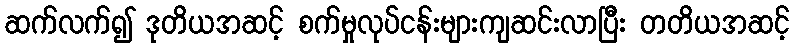
ဆက်လက်၍ ဒုတိယအဆင့် စက်မှုလုပ်ငန်းများကျဆင်းလာပြီး တတိယအဆင့်